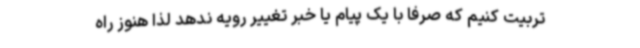
تربیت کنیم که صرفاً با یک پیام یا خبر تغییر رویه ندهد لذا هنوز راه